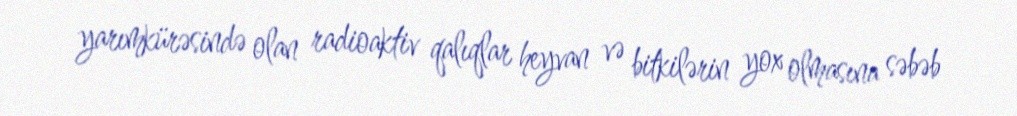
yarımkürəsində olan radioaktiv qalıqlar heyvan və bitkilərin yox olmasına səbəb